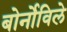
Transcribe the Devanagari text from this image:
बोर्नोविले